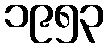
၁၉၅၃